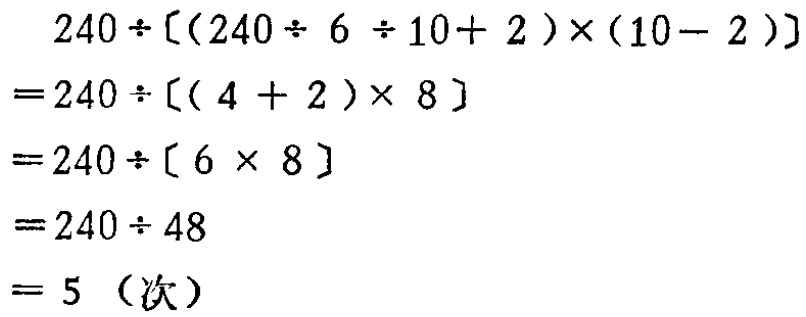
\[
\begin{align*}
&240\div[(240\div6\div10 + 2)\times(10 - 2)]\\
=&240\div[(4 + 2)\times8]\\
=&240\div[6\times8]\\
=&240\div48\\
=&5 \text{（次）}
\end{align*}
\]